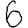
Digit: 6